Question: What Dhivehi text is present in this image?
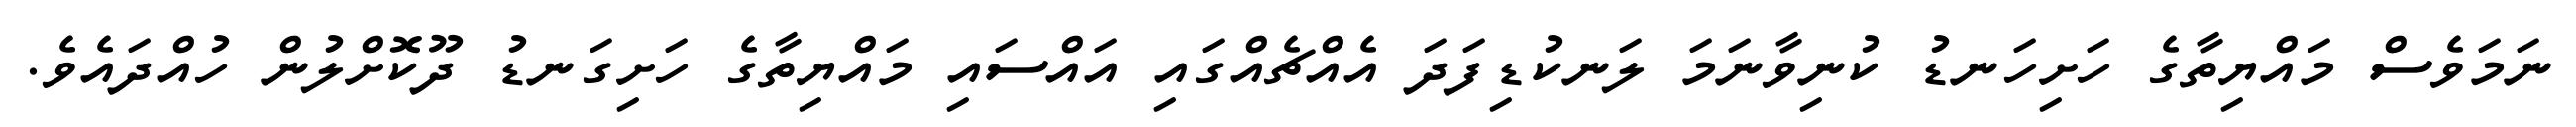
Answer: ނަމަވެސް މައްޔިތާގެ ހަށިހަނޑު ކުނިވާނަމަ ލަނކުޑިފަދަ އެއްޗެއްގައި އައްސައި މައްޔިތާގެ ހަށިގަނޑު ދޫކޮށްލުން ހުއްދައެވެ.